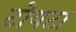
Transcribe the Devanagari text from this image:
टोयटा